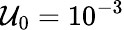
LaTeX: \mathcal{U}_{0}=10^{-3}